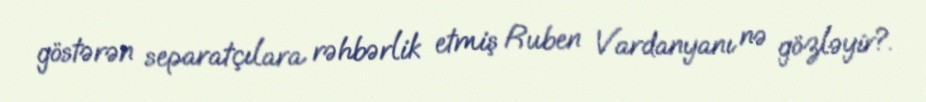
göstərən separatçılara rəhbərlik etmiş Ruben Vardanyanı nə gözləyir?.